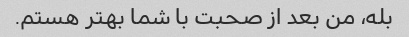
بله، من بعد از صحبت با شما بهتر هستم.